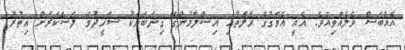
އެއްބަސް ވެލެއްވިއެވެ. އެއީ އެވަގުގެ ޙާލަތާއި އިސްލާމުންގެ ގިނަބަޔަކު ޝަހީދުވެ ލަސްކަރަށް އިތުރު